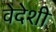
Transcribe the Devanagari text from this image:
वेदेशी